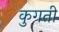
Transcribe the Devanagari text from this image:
कुगती